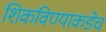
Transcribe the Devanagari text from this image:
शिकविण्याकडेच